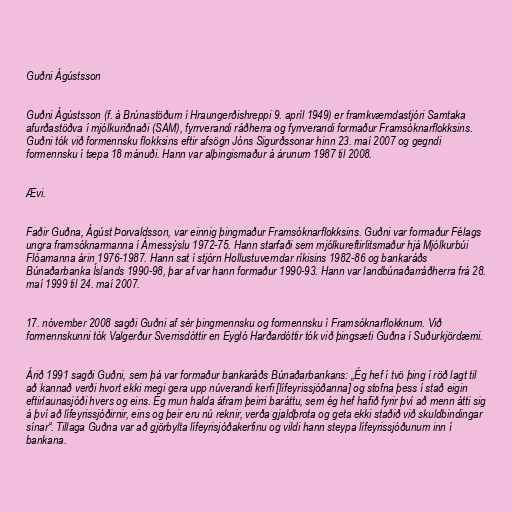
Guðni Ágústsson

Guðni Ágústsson (f. á Brúnastöðum í Hraungerðishreppi 9. apríl 1949) er framkvæmdastjóri Samtaka
afurðastöðva í mjólkuriðnaði (SAM), fyrrverandi ráðherra og fyrrverandi formaður Framsóknarflokksins.
Guðni tók við formennsku flokksins eftir afsögn Jóns Sigurðssonar hinn 23. maí 2007 og gegndi
formennsku í tæpa 18 mánuði. Hann var alþingismaður á árunum 1987 til 2008.

Ævi.

Faðir Guðna, Ágúst Þorvaldsson, var einnig þingmaður Framsóknarflokksins. Guðni var formaður Félags
ungra framsóknarmanna í Árnessýslu 1972-75. Hann starfaði sem mjólkureftirlitsmaður hjá Mjólkurbúi
Flóamanna árin 1976-1987. Hann sat í stjórn Hollustuverndar ríkisins 1982-86 og bankaráðs
Búnaðarbanka Íslands 1990-98, þar af var hann formaður 1990-93. Hann var landbúnaðarráðherra frá 28.
maí 1999 til 24. maí 2007.

17. nóvember 2008 sagði Guðni af sér þingmennsku og formennsku í Framsóknarflokknum. Við
formennskunni tók Valgerður Sverrisdóttir en Eygló Harðardóttir tók við þingsæti Guðna í Suðurkjördæmi.

Árið 1991 sagði Guðni, sem þá var formaður bankaráðs Búnaðarbankans: „Ég hef í tvö þing í röð lagt til
að kannað verði hvort ekki megi gera upp núverandi kerfi [lífeyrissjóðanna] og stofna þess í stað eigin
eftirlaunasjóði hvers og eins. Ég mun halda áfram þeirri baráttu, sem ég hef hafið fyrir því að menn átti sig
á því að lífeyrissjóðirnir, eins og þeir eru nú reknir, verða gjaldþrota og geta ekki staðið við skuldbindingar
sínar“. Tillaga Guðna var að gjörbylta lífeyrisjóðakerfinu og vildi hann steypa lífeyrissjóðunum inn í
bankana.